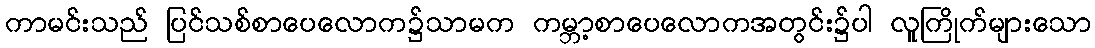
ကာမင်းသည် ပြင်သစ်စာပေလောက၌သာမက ကမ္ဘာ့စာပေလောကအတွင်း၌ပါ လူကြိုက်များသော